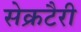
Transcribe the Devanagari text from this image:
सेक्रटैरी